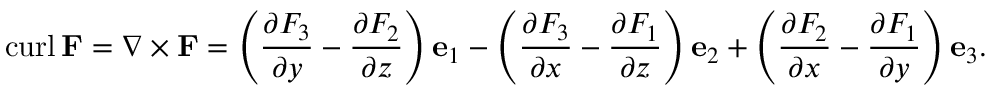
\operatorname { c u r l } \mathbf { F } = \nabla \times \mathbf { F } = \left( { \frac { \partial F _ { 3 } } { \partial y } } - { \frac { \partial F _ { 2 } } { \partial z } } \right) \mathbf { e } _ { 1 } - \left( { \frac { \partial F _ { 3 } } { \partial x } } - { \frac { \partial F _ { 1 } } { \partial z } } \right) \mathbf { e } _ { 2 } + \left( { \frac { \partial F _ { 2 } } { \partial x } } - { \frac { \partial F _ { 1 } } { \partial y } } \right) \mathbf { e } _ { 3 } .